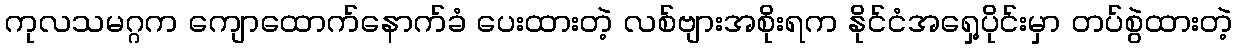
ကုလသမဂ္ဂက ကျောထောက်နောက်ခံ ပေးထားတဲ့ လစ်ဗျားအစိုးရက နိုင်ငံအရှေ့ပိုင်းမှာ တပ်စွဲထားတဲ့